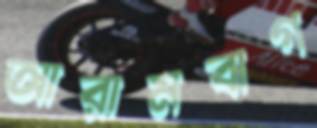
আরামবাগ